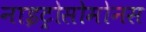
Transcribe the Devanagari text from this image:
नाइट्रोसोमोनस